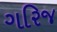
ગરિજ